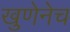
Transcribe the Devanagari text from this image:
खुणेनेच